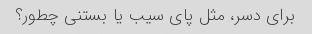
برای دسر، مثل پای سیب یا بستنی چطور؟